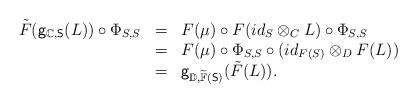
\begin{align*}\begin{array}{lll}\tilde{F}(\mathsf{g}_{\mathbb{C},\mathsf{S}}(L))\circ\Phi_{S,S}&=&F(\mu)\circ F(id_S\otimes_C L)\circ \Phi_{S,S}\\&=&F(\mu)\circ\Phi_{S,S}\circ (id_{F(S)}\otimes_D F(L))\\&=&\mathsf{g}_{\mathbb{D},\widetilde{\mathbb{F}}(\mathsf{S})}(\tilde{F}(L)).\end{array}\end{align*}